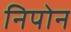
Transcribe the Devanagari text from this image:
निपोन